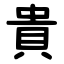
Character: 貴